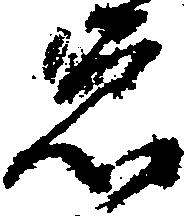
怠